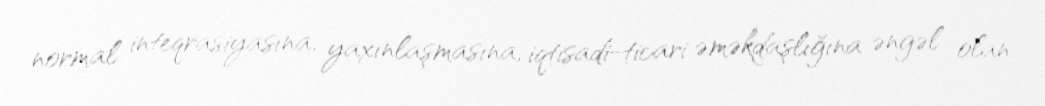
normal inteqrasiyasına, yaxınlaşmasına, iqtisadi-ticari əməkdaşlığına əngəl olan